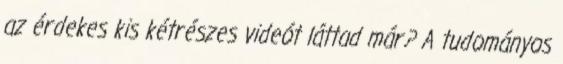
az érdekes kis kétrészes videót láttad már? A tudományos